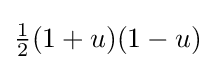
{\tfrac {1}{2}}(1+u)(1-u)